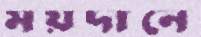
ময়দানে